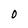
Character: 0